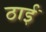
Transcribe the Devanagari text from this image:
ठाईं